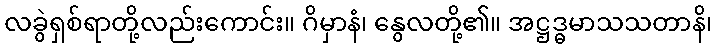
လခွဲရှစ်ရာတို့လည်းကောင်း။ ဂိမှာနံ၊ နွေလတို့၏။ အဋ္ဌဒ္ဓမာသသတာနိ၊